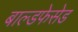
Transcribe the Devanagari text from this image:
बाल्डफेसेड